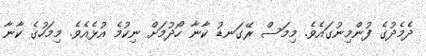
ދެމެދުގެ ފުންމިނުގައެވެ. މިމަސް ރޭގަނޑު ކާނާ ހޯދުމަށް ނިކުމެ އުޅެއެވެ. މިމަހުގެ ކާނާ